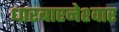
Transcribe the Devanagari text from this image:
धारबारनेश्‍वार